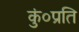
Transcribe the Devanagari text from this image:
कुं०प्रति